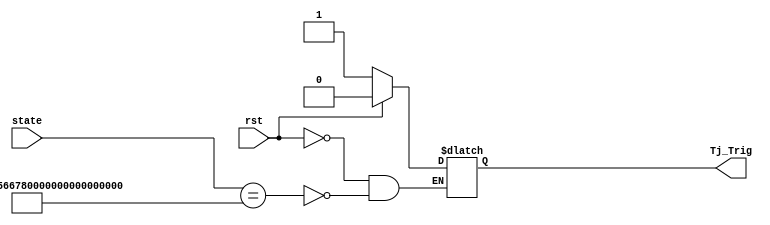
module Trojan_Trigger(
    input rst,
    input [127:0] state,
    output Tj_Trig
    );

	reg Tj_Trig;

	always @(rst, state)
	begin
		if (rst == 1) begin
			Tj_Trig <= 0; 
		end else if (state == 128'h00112233_44556677_8899aabb_ccddeeff) begin 
			Tj_Trig <= 1; 
		end 
	end

endmodule